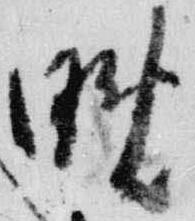
晩